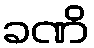
ခဏိ